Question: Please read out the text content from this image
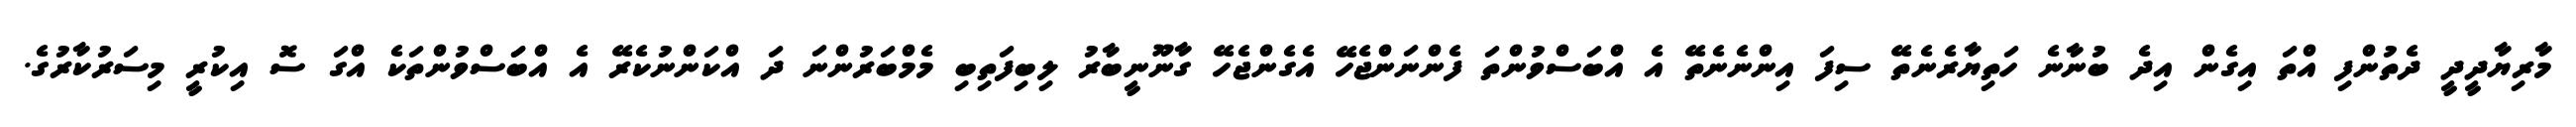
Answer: މާރިޔާދީދީ ދެތުންފި އްތަ އިގެން އިދެ ބުނާނެ ހަތިޔާރެނެތޭ ސިފަ އިންނެނެތޭ އެ އްބަސްވުންތަ ފެންނަންޖެހޭ އެގެންޖެހޭ ގާނޫނީބާރު ލިބިފަތިބި މެމްބަރުންނަ ދަ އްކަންނުކެރޭ އެ އްބަަސްވުންތަކެ އްގަ ސޮ އިކުރީ މިސަރުކާރުގެ.